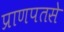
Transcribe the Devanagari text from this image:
प्राणपतसे